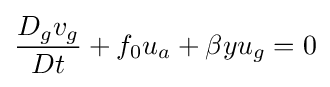
{\frac {D_{g}v_{g}}{Dt}}+f_{0}u_{a}+\beta yu_{g}=0